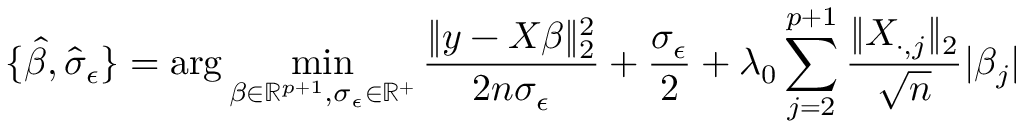
\small \{ \widehat { \beta } , \widehat { \sigma } _ { \epsilon } \} = \arg \operatorname* { m i n } _ { \beta \in \mathbb { R } ^ { p + 1 } , \sigma _ { \epsilon } \in \mathbb { R } ^ { + } } \frac { \| y - X \beta \| _ { 2 } ^ { 2 } } { 2 n \sigma _ { \epsilon } } + \frac { \sigma _ { \epsilon } } { 2 } + \lambda _ { 0 } \sum _ { j = 2 } ^ { p + 1 } \frac { \| X _ { \cdot , j } \| _ { 2 } } { \sqrt { n } } \vert \beta _ { j } \vert